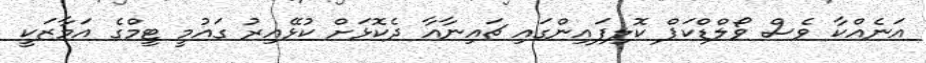
އަނެއްކާ ވެސް ވޯލްޑްކަޕް ކޮލިފައިންގައި ޗައިނާއާ ދެކޮޅަށް ކުޅޭއިރު ގައުމީ ޓީމްގެ އަމާޒަކީ